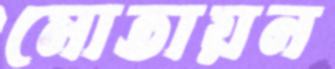
মোতায়ন